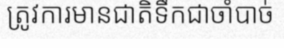
ត្រូវការមានជាតិទឹកជាចាំបាច់